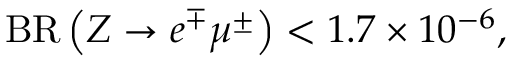
{ \mathrm { B R } } \left( Z \to e ^ { \mp } \mu ^ { \pm } \right) < 1 . 7 \times 1 0 ^ { - 6 } ,